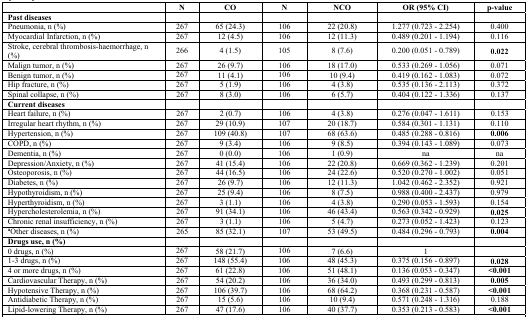
<table><thead><tr><td></td><td><b>N</b></td><td><b>CO</b></td><td><b>N</b></td><td><b>NCO</b></td><td><b>OR (95% CI)</b></td><td><b>p-value</b></td></tr></thead><tbody><tr><td><b>Past diseases</b></td><td></td><td></td><td></td><td></td><td></td><td></td></tr><tr><td>Pneumonia, n (%)</td><td>267</td><td>65 (24.3)</td><td>106</td><td>22 (20.8)</td><td>1.277 (0.723 - 2.254)</td><td>0.400</td></tr><tr><td>Myocardial Infarction, n (%)</td><td>267</td><td>12 (4.5)</td><td>106</td><td>12 (11.3)</td><td>0.489 (0.201 - 1.194)</td><td>0.116</td></tr><tr><td>Stroke, cerebral thrombosis-haemorrhage, n (%)</td><td>266</td><td>4 (1.5)</td><td>105</td><td>8 (7.6)</td><td>0.200 (0.051 - 0.789)</td><td><b>0.022</b></td></tr><tr><td>Malign tumor, n (%)</td><td>267</td><td>26 (9.7)</td><td>106</td><td>18 (17.0)</td><td>0.533 (0.269 - 1.056)</td><td>0.071</td></tr><tr><td>Benign tumor, n (%)</td><td>267</td><td>11 (4.1)</td><td>106</td><td>10 (9.4)</td><td>0.419 (0.162 - 1.083)</td><td>0.072</td></tr><tr><td>Hip fracture, n (%)</td><td>267</td><td>5 (1.9)</td><td>106</td><td>4 (3.8)</td><td>0.535 (0.136 - 2.113)</td><td>0.372</td></tr><tr><td>Spinal collapse, n (%)</td><td>267</td><td>8 (3.0)</td><td>106</td><td>6 (5.7)</td><td>0.404 (0.122 - 1.336)</td><td>0.137</td></tr><tr><td><b>Current diseases</b></td><td></td><td></td><td></td><td></td><td></td><td></td></tr><tr><td>Heart failure, n (%)</td><td>267</td><td>2 (0.7)</td><td>106</td><td>4 (3.8)</td><td>0.276 (0.047 - 1.611)</td><td>0.153</td></tr><tr><td>Irregular heart rhythm, n (%)</td><td>267</td><td>29 (10.9)</td><td>107</td><td>20 (18.7)</td><td>0.584 (0.301 - 1.131)</td><td>0.110</td></tr><tr><td>Hypertension, n (%)</td><td>267</td><td>109 (40.8)</td><td>107</td><td>68 (63.6)</td><td>0.485 (0.288 - 0.816)</td><td><b>0.006</b></td></tr><tr><td>COPD, n (%)</td><td>267</td><td>9 (3.4)</td><td>106</td><td>9 (8.5)</td><td>0.394 (0.143 - 1.089)</td><td>0.073</td></tr><tr><td>Dementia, n (%)</td><td>267</td><td>0 (0.0)</td><td>106</td><td>1 (0.9)</td><td>na</td><td>na</td></tr><tr><td>Depression/Anxiety, n (%)</td><td>267</td><td>41 (15.4)</td><td>106</td><td>22 (20.8)</td><td>0.669 (0.362 - 1.239)</td><td>0.201</td></tr><tr><td>Osteoporosis, n (%)</td><td>267</td><td>44 (16.5)</td><td>106</td><td>24 (22.6)</td><td>0.520 (0.270 - 1.002)</td><td>0.051</td></tr><tr><td>Diabetes, n (%)</td><td>267</td><td>26 (9.7)</td><td>106</td><td>12 (11.3)</td><td>1.042 (0.462 - 2.352)</td><td>0.921</td></tr><tr><td>Hypothyroidism, n (%)</td><td>267</td><td>25 (9.4)</td><td>106</td><td>8 (7.5)</td><td>0.988 (0.400 - 2.437)</td><td>0.979</td></tr><tr><td>Hyperthyroidism, n (%)</td><td>267</td><td>3 (1.1)</td><td>106</td><td>4 (3.8)</td><td>0.290 (0.053 - 1.593)</td><td>0.154</td></tr><tr><td>Hypercholesterolemia, n (%)</td><td>267</td><td>91 (34.1)</td><td>106</td><td>46 (43.4)</td><td>0.563 (0.342 - 0.929)</td><td><b>0.025</b></td></tr><tr><td>Chronic renal insufficiency, n (%)</td><td>267</td><td>3 (1.1)</td><td>106</td><td>5 (4.7)</td><td>0.273 (0.052 - 1.423)</td><td>0.123</td></tr><tr><td><b><sup>a</sup></b>Other diseases, n (%)</td><td>265</td><td>85 (32.1)</td><td>107</td><td>53 (49.5)</td><td>0.484 (0.296 - 0.793)</td><td><b>0.004</b></td></tr><tr><td><b>Drugs use, n (%)</b></td><td></td><td></td><td></td><td></td><td></td><td></td></tr><tr><td>0 drugs, n (%)</td><td>267</td><td>58 (21.7)</td><td>106</td><td>7 (6.6)</td><td>1</td><td></td></tr><tr><td>1-3 drugs, n (%)</td><td>267</td><td>148 (55.4)</td><td>106</td><td>48 (45.3)</td><td>0.375 (0.156 - 0.897)</td><td><b>0.028</b></td></tr><tr><td>4 or more drugs, n (%)</td><td>267</td><td>61 (22.8)</td><td>106</td><td>51 (48.1)</td><td>0.136 (0.053 - 0.347)</td><td><b>&lt;0.001</b></td></tr><tr><td>Cardiovascular Therapy, n (%)</td><td>267</td><td>54 (20.2)</td><td>106</td><td>36 (34.0)</td><td>0.493 (0.299 - 0.813)</td><td><b>0.005</b></td></tr><tr><td>Hypotensive Therapy, n (%)</td><td>267</td><td>106 (39.7)</td><td>106</td><td>68 (64.2)</td><td>0.368 (0.231 - 0.587)</td><td><b>&lt;0.001</b></td></tr><tr><td>Antidiabetic Therapy, n (%)</td><td>267</td><td>15 (5.6)</td><td>106</td><td>10 (9.4)</td><td>0.571 (0.248 - 1.316)</td><td>0.188</td></tr><tr><td>Lipid-lowering Therapy, n (%)</td><td>267</td><td>47 (17.6)</td><td>106</td><td>40 (37.7)</td><td>0.353 (0.213 - 0.583)</td><td><b>&lt;0.001</b></td></tr></tbody></table>